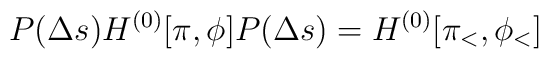
{P(\Delta s)H^{(0)}[\pi,\phi]P(\Delta s)}=H^{(0)}[\pi_<,\phi_<]